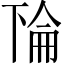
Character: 𫠳